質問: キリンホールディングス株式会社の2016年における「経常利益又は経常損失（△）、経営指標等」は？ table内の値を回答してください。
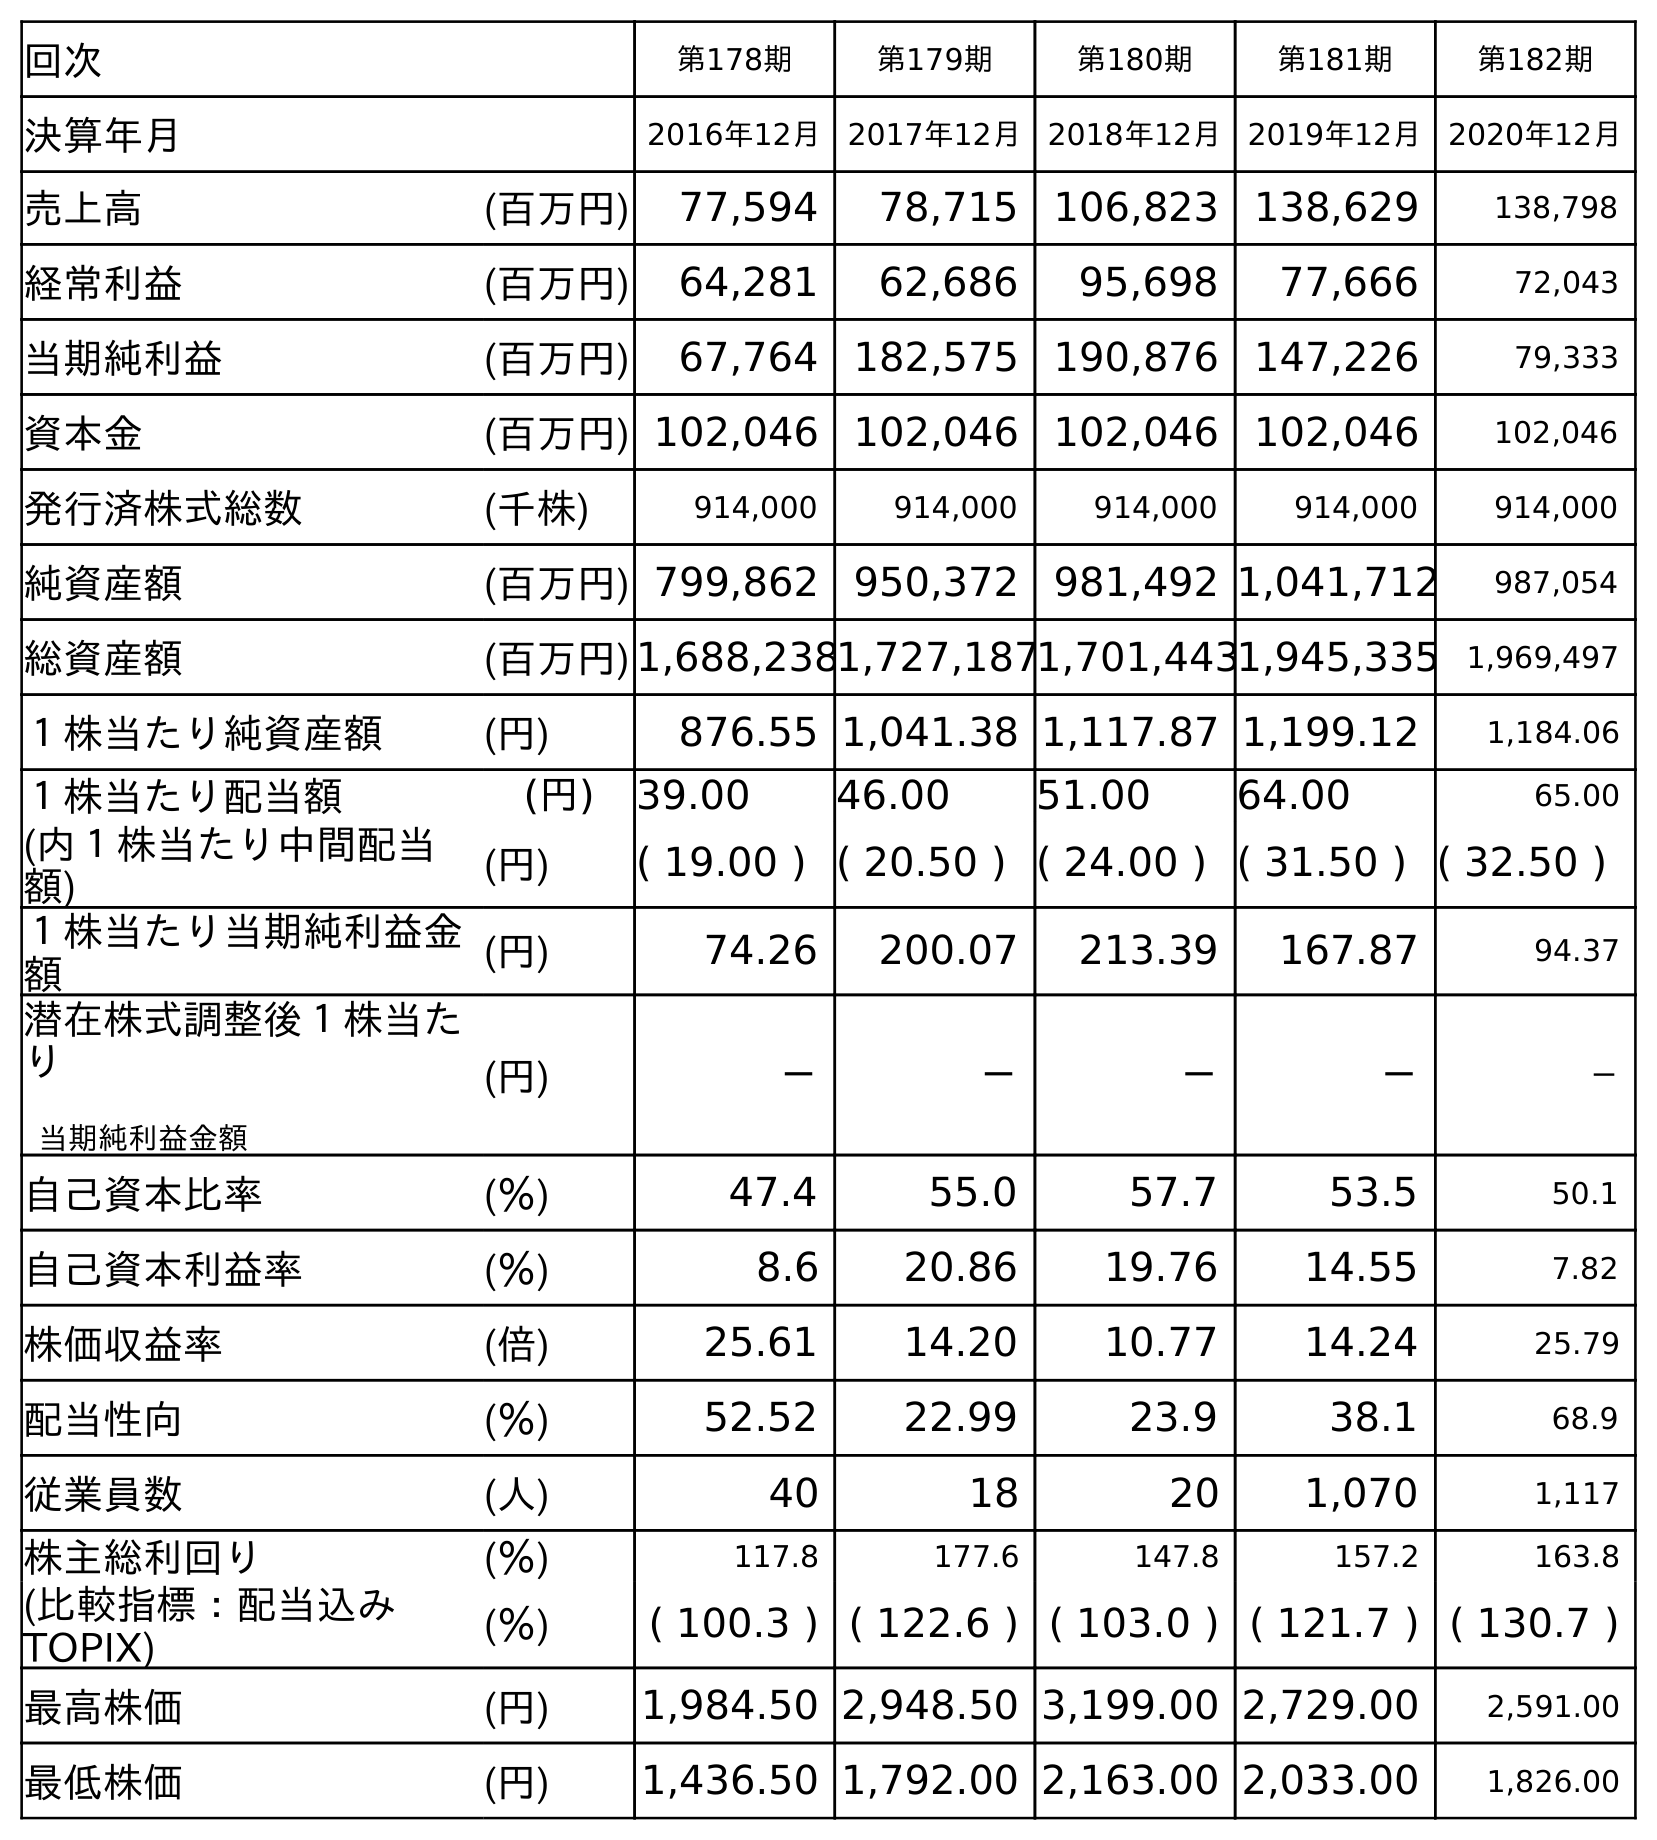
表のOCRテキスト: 回次 第178期 第179期 第180期 第181期 第182期 決算年月 2016年12月 2017年12月 2018年12月 2019年12月 2020年12月 売上高 (百万円) 77,594 78,715 106,823 138,629 138,798 経常利益 (百万円) 64,281 62,686 95,698 77,666 72,043 当期純利益 (百万円) 67,764 182,575 190,876 147,226 79,333 資本金 (百万円) 102,046 102,046 102,046 102,046 102,046 発行済株式総数 (千株) 914,000 914,000 914,000 914,000 914,000 純資産額 (百万円) 799,862 950,372 981,492 1,041,712 987,054 総資産額 (百万円)1,688,2381,727,1871,701,4431,945,335 1,969,497 １株当たり純資産額 (円) 876.55 1,041.38 1,117.87 1,199.12 1,184.06 １株当たり配当額 (円) 39.00 46.00 51.00 64.00 65.00 (内１株当たり中間配当 額) (円) ( 19.00 ) ( 20.50 ) ( 24.00 ) ( 31.50 ) ( 32.50 ) １株当たり当期純利益金 額 (円) 74.26 200.07 213.39 167.87 94.37 潜在株式調整後１株当た り 当期純利益金額 (円) － － － － － 自己資本比率 (％) 47.4 55.0 57.7 53.5 50.1 自己資本利益率 (％) 8.6 20.86 19.76 14.55 7.82 株価収益率 (倍) 25.61 14.20 10.77 14.24 25.79 配当性向 (％) 52.52 22.99 23.9 38.1 68.9 従業員数 (人) 40 18 20 1,070 1,117 株主総利回り (％) 117.8 177.6 147.8 157.2 163.8 (比較指標：配当込み TOPIX) (％) ( 100.3 ) ( 122.6 ) ( 103.0 ) ( 121.7 ) ( 130.7 ) 最高株価 (円) 1,984.50 2,948.50 3,199.00 2,729.00 2,591.00 最低株価 (円) 1,436.50 1,792.00 2,163.00 2,033.00 1,826.00
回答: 64,281